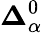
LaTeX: \mathbf{\Delta}_{\alpha}^{0}